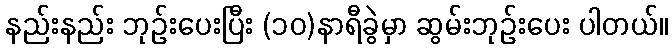
နည်းနည်း ဘုဉ်းပေးပြီး (၁၀)နာရီခွဲမှာ ဆွမ်းဘုဉ်းပေး ပါတယ်။